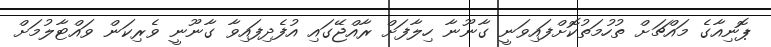
ޕޮނިއާގެ މައްޗަށް ތުހުމަތުކޮށްފައިވަނީ ގާނޫނާ ހިލާފަށް ރާއްޖޭގައި އުފެދިފައިވާ ގާނޫނީ ވެރިކަން ވައްޓާލުމަށް